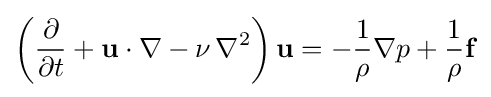
\left({\frac {\partial }{\partial t}}+\mathbf {u} \cdot \nabla -\nu \,\nabla ^{2}\right)\mathbf {u} =-{\frac {1}{\rho }}\nabla p+{\frac {1}{\rho }}\mathbf {f}